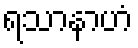
ရသာနာဟံ